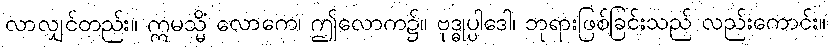
လာလျှင်တည်း။ ဣမသ္မိံ လောကေ၊ ဤလောက၌။ ဗုဒ္ဓုပ္ပါဒေါ၊ ဘုရားဖြစ်ခြင်းသည် လည်းကောင်း။